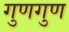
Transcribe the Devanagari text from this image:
गुणगुण